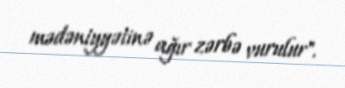
mədəniyyətinə ağır zərbə vurulur".